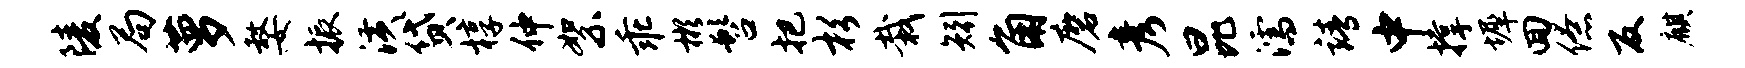
陵局萝嫠振潢贷椁仲絮乖彬髫把杉栽矧角磨彦昆濡靖中撑墀回僚反麒